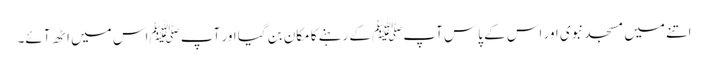
اتنے میں مسجد نبوی اور اس کے پاس آپﷺ کے رہنے کا مکان بن گیا اور آپ ﷺاس میں اٹھ آئے۔